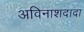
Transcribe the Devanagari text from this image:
अविनाशदादा